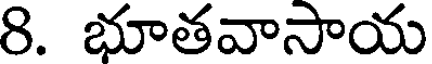
8. భూతవాసాయ